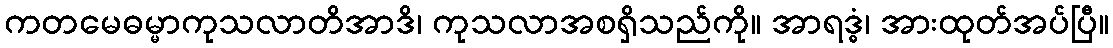
ကတမေဓမ္မာကုသလာတိအာဒိ၊ ကုသလာအစရှိသည်ကို။ အာရဒ္ဓံ၊ အားထုတ်အပ်ပြီ။